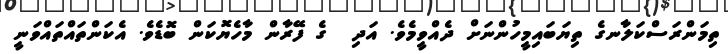
ތިމަންރަސްކަލާނގެ ތިޔަބައިމީހުންނަށް ދެއްވީމެވެ. އަދި  ގެ ފޭރާން މާހެޔޮކަން ބޮޑެވެ. އެކަންތައްތައްވަނީ